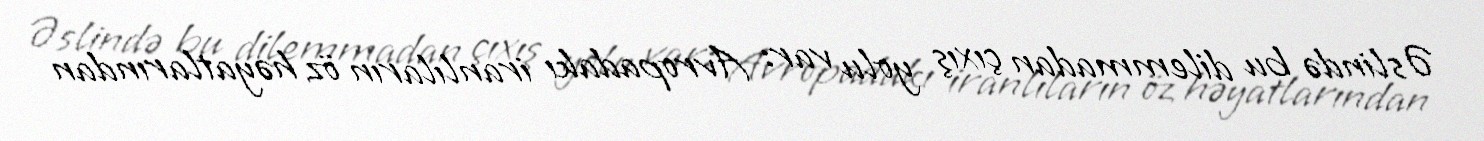
Əslində bu dilemmadan çıxış yolu var: Avropadakı iranlıların öz həyatlarından